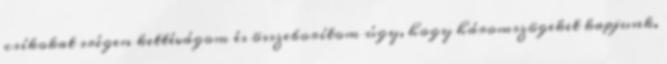
csíkokat srégen kettévágom és összeborítom úgy, hogy háromszögeket kapjunk.